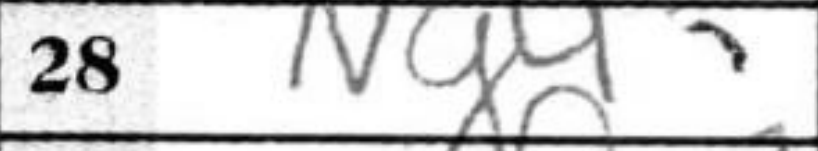
Transcription: Ng4